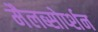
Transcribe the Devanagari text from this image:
मैलब्सोर्प्शन